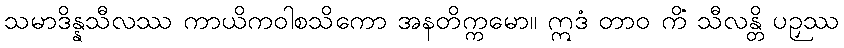
သမာဒိန္နသီလဿ ကာယိကဝါစသိကော အနတိက္ကမော။ ဣဒံ တာဝ ကိံ သီလန္တိ ပဉှဿ